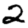
Digit: 2